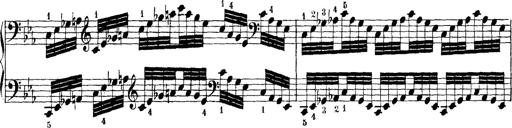
Title: Technische Studien
Composer: Franz Liszt